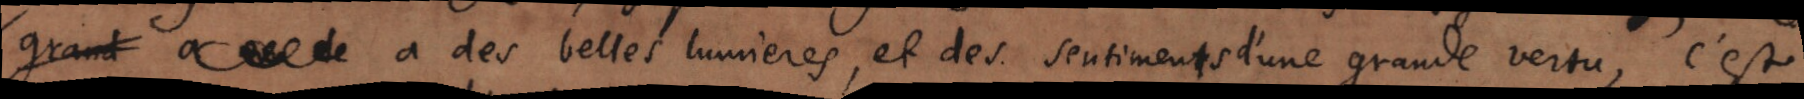
grand a de a des belles lumieres, et des sentiments d’une grande vertu, c’est